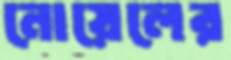
নোয়েলের